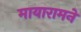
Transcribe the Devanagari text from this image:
मायारामने